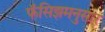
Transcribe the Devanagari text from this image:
फॅसिझमनुसार